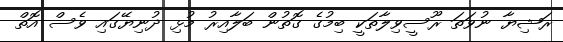
ރަޝިޔާ ނުވަތަ ރޫސީވިލާތަކީ ބިމުގެ ގޮތުން ބަލާއިރު މުޅި ދުނިޔޭގައި ވެސް އޮތް